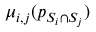
\mu _ { i , j } ( p _ { S _ { i } \cap S _ { j } } )